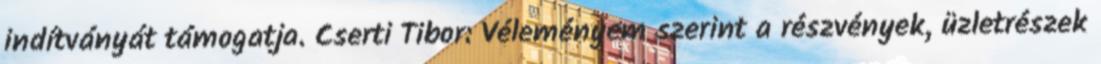
indítványát támogatja. Cserti Tibor: Véleményem szerint a részvények, üzletrészek